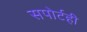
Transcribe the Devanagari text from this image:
सपोर्टही